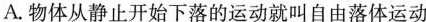
A.物体从静止开始下落的运动就叫自由落体运动